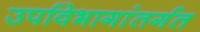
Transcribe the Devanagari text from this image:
उपविभागांतर्गत